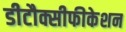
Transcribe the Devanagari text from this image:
डीटौक्सीफीकेशन